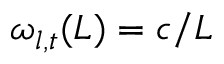
\omega _ { l , t } ( L ) = c / L